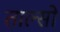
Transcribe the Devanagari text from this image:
ताल्सो